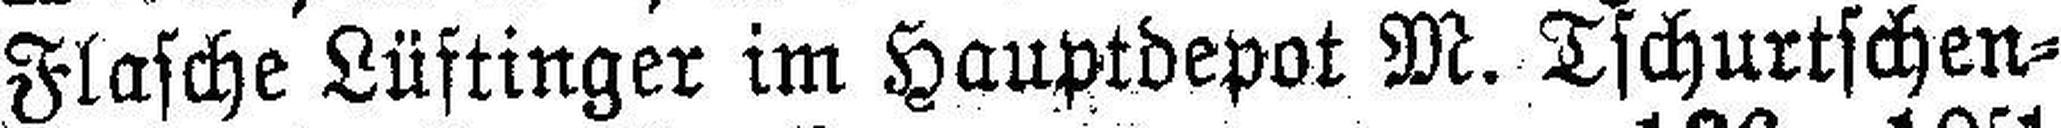
Flasche Lüftinger im Hauptdepot M. Tschurtschen¬